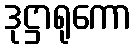
ဒုဋ္ဌာရုကော